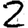
Digit: 2